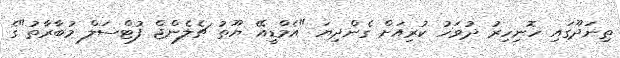
ތިނަދޫގައި ހޮނިހިރު ދުވަހު ކުރިއަށް ގެންދިޔަ "އެމްޑީއޭ ޔޫތު ޗެލެންޖް ފުޓްސަލް މުބާރާތު"ގެ